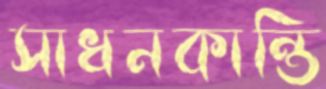
সাধনকান্তি